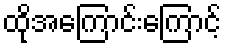
ထိုအကြောင်းကြောင့်